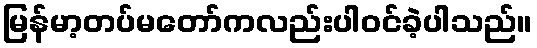
မြန်မာ့တပ်မတော်ကလည်းပါဝင်ခဲ့ပါသည်။